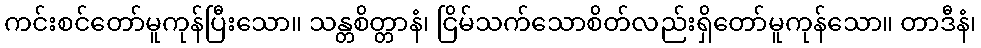
ကင်းစင်တော်မူကုန်ပြီးသော။ သန္တစိတ္တာနံ၊ ငြိမ်သက်သောစိတ်လည်းရှိတော်မူကုန်သော။ တာဒီနံ၊